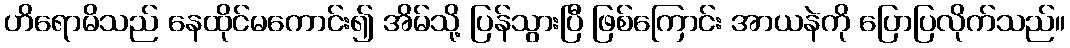
ဟိရောမိသည် နေထိုင်မကောင်း၍ အိမ်သို့ ပြန်သွားပြီ ဖြစ်ကြောင်း အာယနဲကို ပြောပြလိုက်သည်။